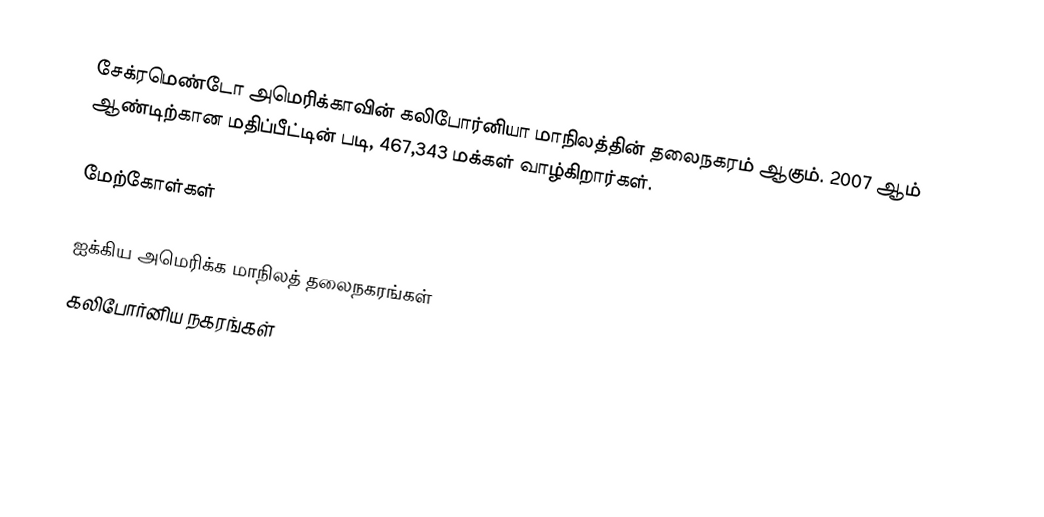
சேக்ரமெண்டோ அமெரிக்காவின் கலிபோர்னியா மாநிலத்தின் தலைநகரம் ஆகும். 2007 ஆம் ஆண்டிற்கான மதிப்பீட்டின் படி, 467,343 மக்கள் வாழ்கிறார்கள்.

மேற்கோள்கள்

ஐக்கிய அமெரிக்க மாநிலத் தலைநகரங்கள்
கலிபோர்னிய நகரங்கள்